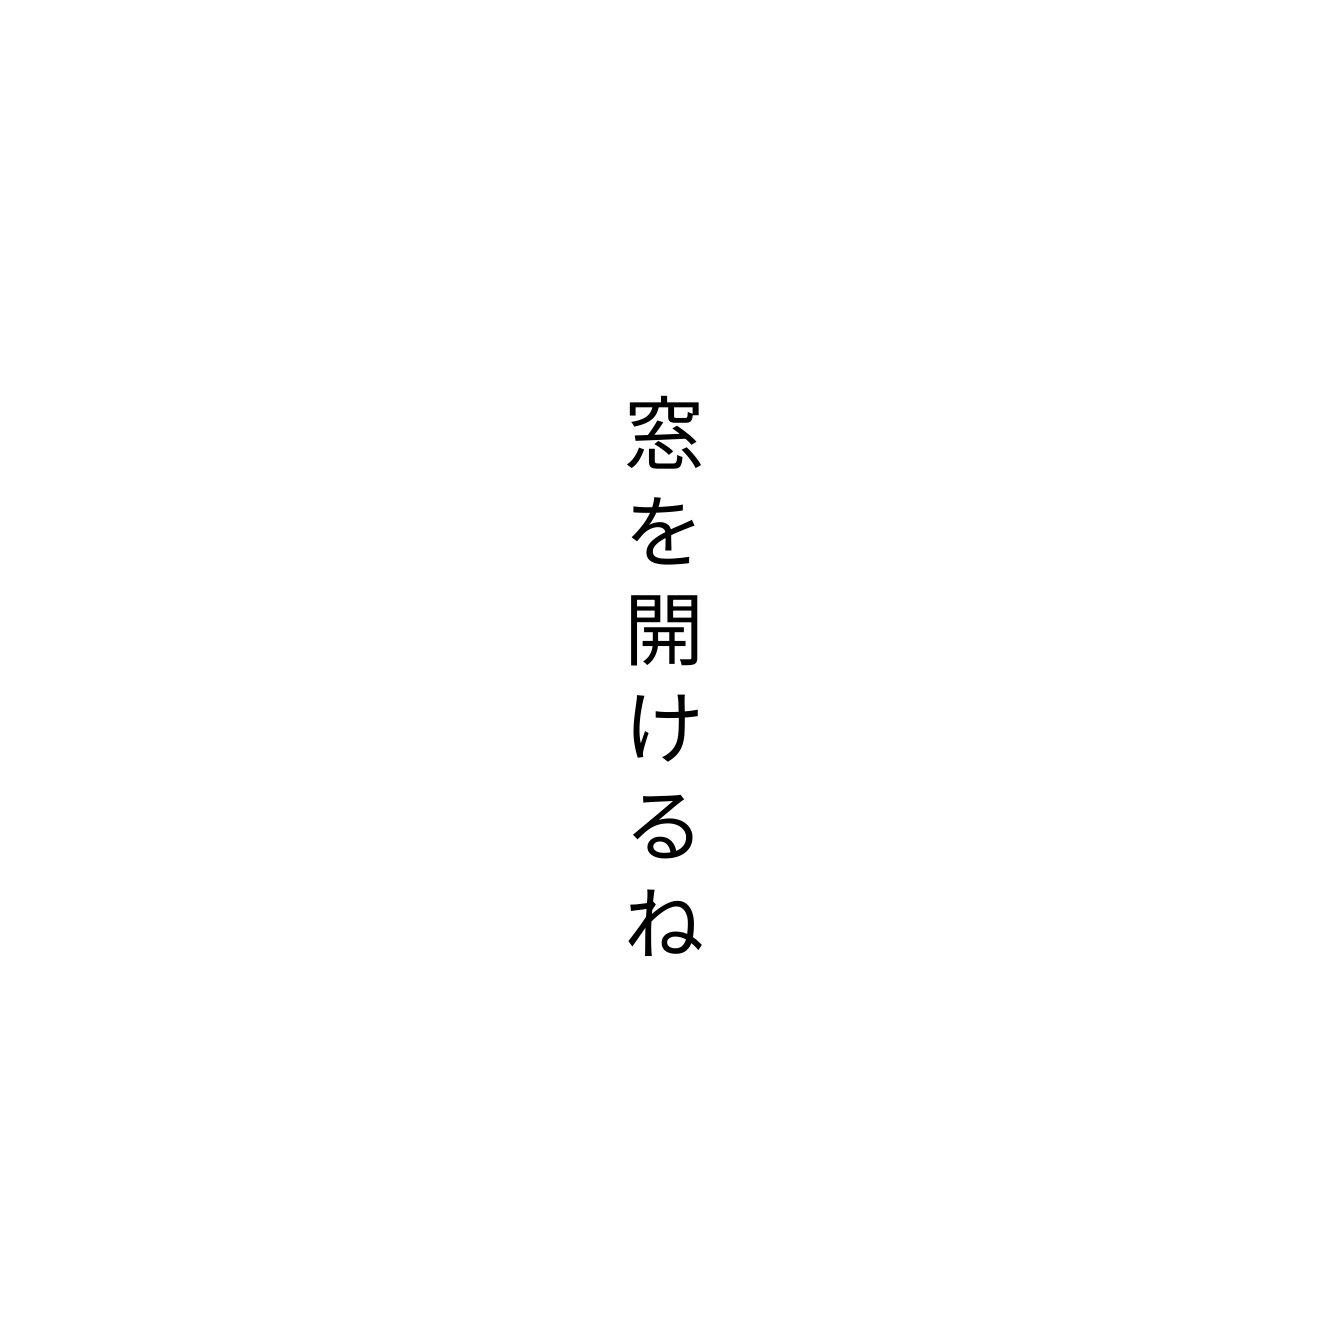
窓を開けるね